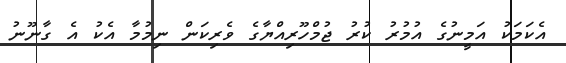
އެކަމަކު އަމީނުގެ އުމުރު ކުރު ޖުމްހޫރިއްޔާގެ ވެރިކަން ނިމުމާ އެކު އެ ގާނޫނު